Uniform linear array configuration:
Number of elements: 64
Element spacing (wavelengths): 1
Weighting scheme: exponential
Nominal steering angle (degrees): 60
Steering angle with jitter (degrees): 58.337
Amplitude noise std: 0.05
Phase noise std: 0.05

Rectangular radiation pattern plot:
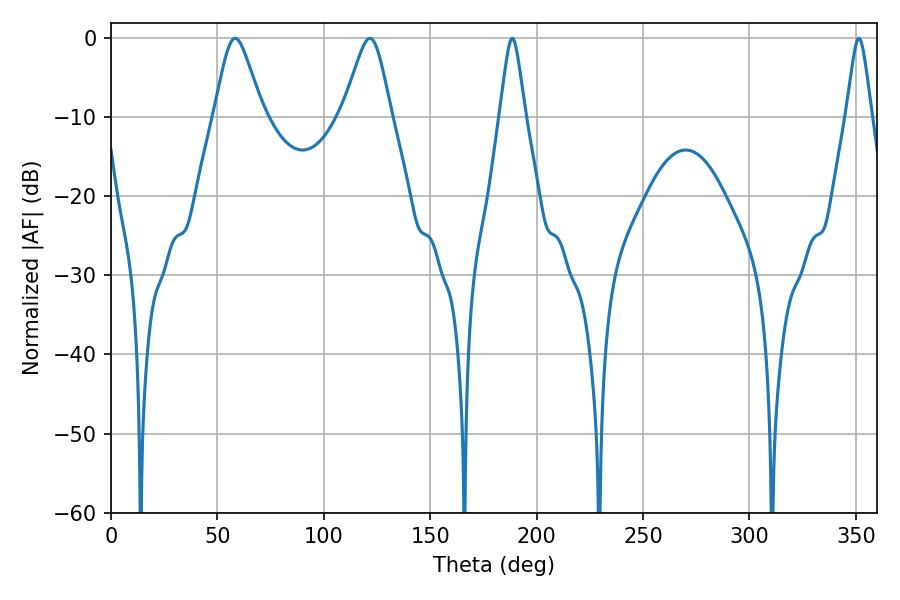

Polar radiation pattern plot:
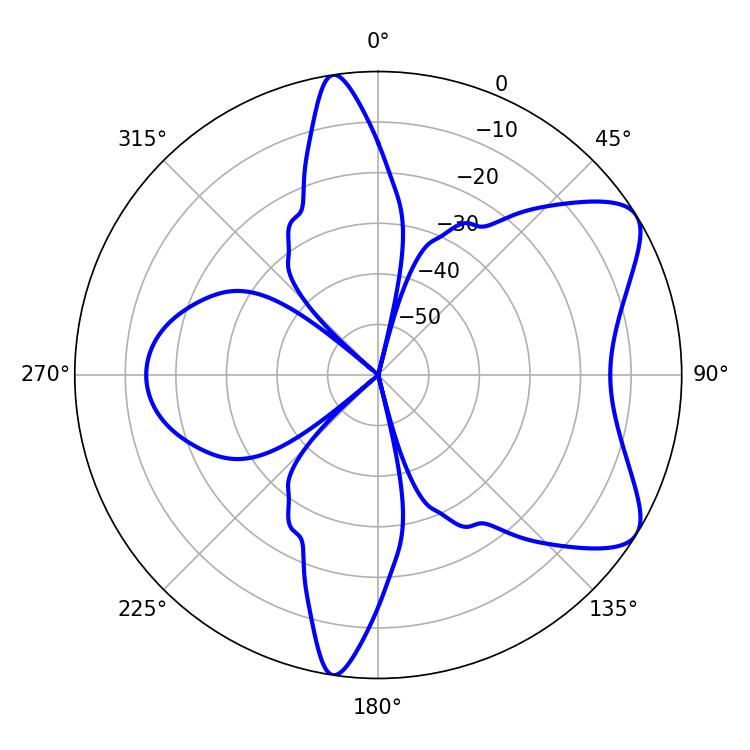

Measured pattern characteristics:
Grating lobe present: TRUE
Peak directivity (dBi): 7.39
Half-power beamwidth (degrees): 10.98
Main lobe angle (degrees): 58.32